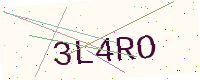
Text: 3L4RO